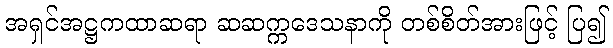
အရှင်အဋ္ဌကထာဆရာ ဆဆက္ကဒေသနာကို တစ်စိတ်အားဖြင့် ပြ၍